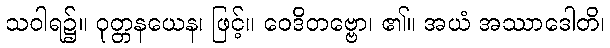
သဝါရ၌။ ဝုတ္တနယေန၊ ဖြင့်။ ဝေဒိတဗ္ဗော၊ ၏။ အယံ အဿာဒေါတိ၊